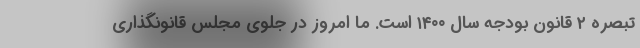
تبصره ۲ قانون بودجه سال ۱۴۰۰ است. ما امروز در جلوی مجلس قانونگذاری